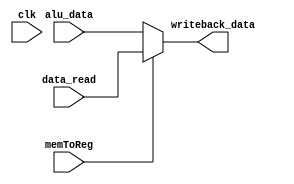
`timescale 1ns / 1ps
//////////////////////////////////////////////////////////////////////////////////
// Company: 
// Engineer: 
// 
// Design Name: 
// Module Name: WB
// Project Name: 
// Target Devices: 
// Tool Versions: 
// Description: 
// 
// Dependencies: 
// 
// Revision:
// Revision 0.01 - File Created
// Additional Comments:
// 
//////////////////////////////////////////////////////////////////////////////////

(* KEEP_HIERARCHY = "YES" *) 
module WB #(parameter WIDTH = 32) (
    data_read,
    alu_data,
    memToReg,
    writeback_data,
    clk
    );

	input [WIDTH-1:0] data_read;
	input [WIDTH-1:0] alu_data;
	input memToReg;
	input clk;
	output reg [WIDTH-1:0] writeback_data;

	always @* begin
	   writeback_data <= memToReg ? data_read : alu_data;
	end

endmodule